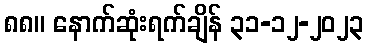
၈၈။ နောက်ဆုံးရက်ချိန် ၃၁-၁၂-၂၀၂၃